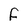
Character: F